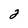
Character: 2